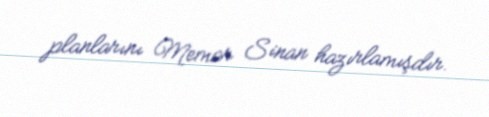
planlarını Memar Sinan hazırlamışdır.